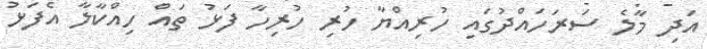
އަދި މާލެ ސަރަހައްދުގައި ހުރިއްޔާ ހުރި ހުރިހާ ފަޅު ތައް ހިއްކާލާ އެފަޅު